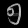
Digit: ၅